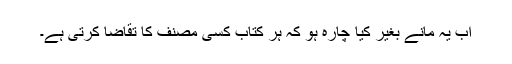
اب یہ مانے بغیر کیا چارہ ہو کہ ہر کتاب کسی مصنف کا تقاضا کرتی ہے۔